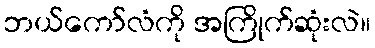
ဘယ်ကော်လံကို အကြိုက်ဆုံးလဲ။